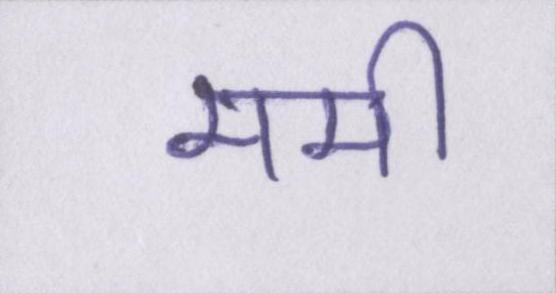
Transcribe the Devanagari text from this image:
ममी